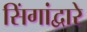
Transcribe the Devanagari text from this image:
सिंगांद्वारे